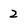
Character: 2